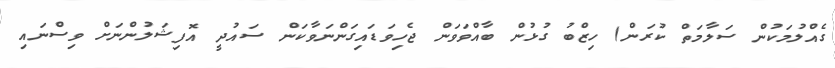
ގެއްލުމަކުން ސަލާމަތް ކުރަން) ހިޒްބު ގުޅުން ބާއްވަވަން ޖެހިވަޑައިގަންނަވާކަން ސައުދީ އޮފިޝަލުންނަށް ވިސްނައި